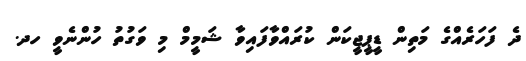
ދެ ފަހަރެއްގެ މަތިން ޑީޕީޖީކަން ކުރައްވާފައިވާ ޝަމީމް މި ވަގުތު ހުންނެވީ ހދ.